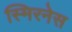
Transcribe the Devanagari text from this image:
स्मिरनेस